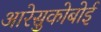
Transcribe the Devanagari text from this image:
आरेसुकोबोई